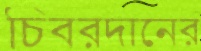
চিবরদানের